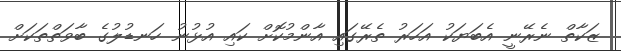
ޒަކާތް ނެރޭނީ އެބަޔަކު އަހަރު ތެރޭގައި އާންމުކޮށް ކައި އުޅުނު ހަނޑުލުގެ ބާވަތްތަކަށް